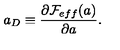
a _ { D } \equiv \frac { \partial { \cal F } _ { e f f } ( a ) } { \partial a } .